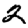
Digit: 2